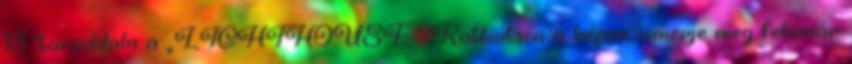
13.”társoldala a „LIGHTHOUSE” Kattintson a képre, ismerje meg február